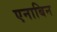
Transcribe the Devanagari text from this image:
एनाबिन